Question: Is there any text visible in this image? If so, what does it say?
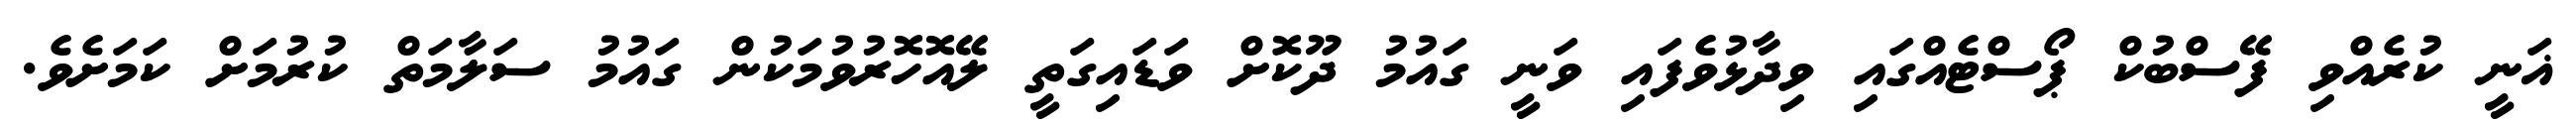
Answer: ޣަނީ ކުރެއްވި ފޭސްބުކް ޕޯސްޓެއްގައި ވިދާޅުވެފައި ވަނީ ގައުމު ދޫކޮށް ވަޑައިގަތީ ލޭއޮހޮރުވުމަކުން ގައުމު ސަލާމަތް ކުރުމަށް ކަމަށެވެ.